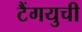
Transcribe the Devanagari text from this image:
टैंगयुची